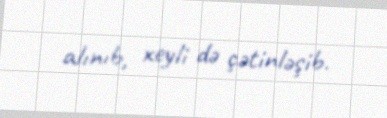
alınıb, xeyli də çətinləşib.